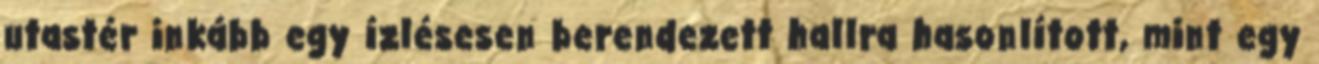
utastér inkább egy ízlésesen berendezett hallra hasonlított, mint egy